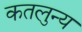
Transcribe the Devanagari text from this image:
कतलुन्य